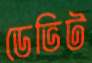
ডেভিট